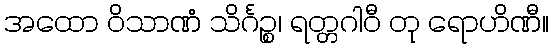
အထော ဝိသာဏံ သိင်္ဂဉ္စ၊ ရတ္တဂါဝီ တု ရောဟိဏီ။